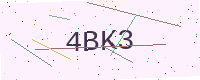
Text: 4BK3